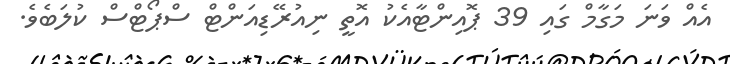
އެއް ވަނަ މަގާމް ގައި 39 ޕޮއިންޓާއެކު އޮތީ ނިއުރޭޑިއަންޓް ސްޕޯޓްސް ކުލަބެވެ.